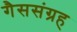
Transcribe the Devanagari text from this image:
गैससंग्रह